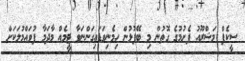
ސީކެޕް މަޝްރޫއު ފެށުމުގެ ގޮތުން މި ބޭފުޅުން ހިމެނިވަޑައިގަންނަވާ ޓީމެއް މާދަމާ ފުވައްމުލަކަށް